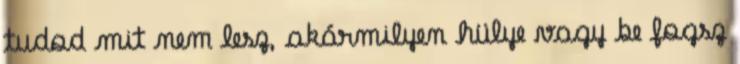
tudod mit nem lesz, akármilyen hülye vagy be fogsz